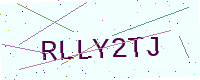
Text: RLLY2TJ